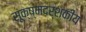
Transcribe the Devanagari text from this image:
सूक्ष्मदर्शकीय